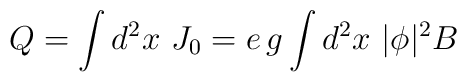
Q=\int d^2x\ J_0=e\,g\int d^2x\ |\phi |^2B